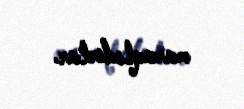
maraqlıdırlar.